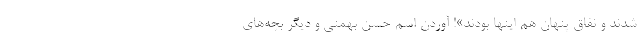
شدند و نفاق پنهان هم اینها بودند»! آوردن اسم حسن بهمنی و دیگر بچه‌های